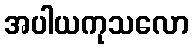
အပါယကုသလော